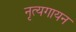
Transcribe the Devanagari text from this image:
नृत्यगायन